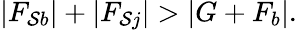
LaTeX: |F_{\mathcal{S}b}|+|F_{\mathcal{S}j}|>|G+F_{b}|.